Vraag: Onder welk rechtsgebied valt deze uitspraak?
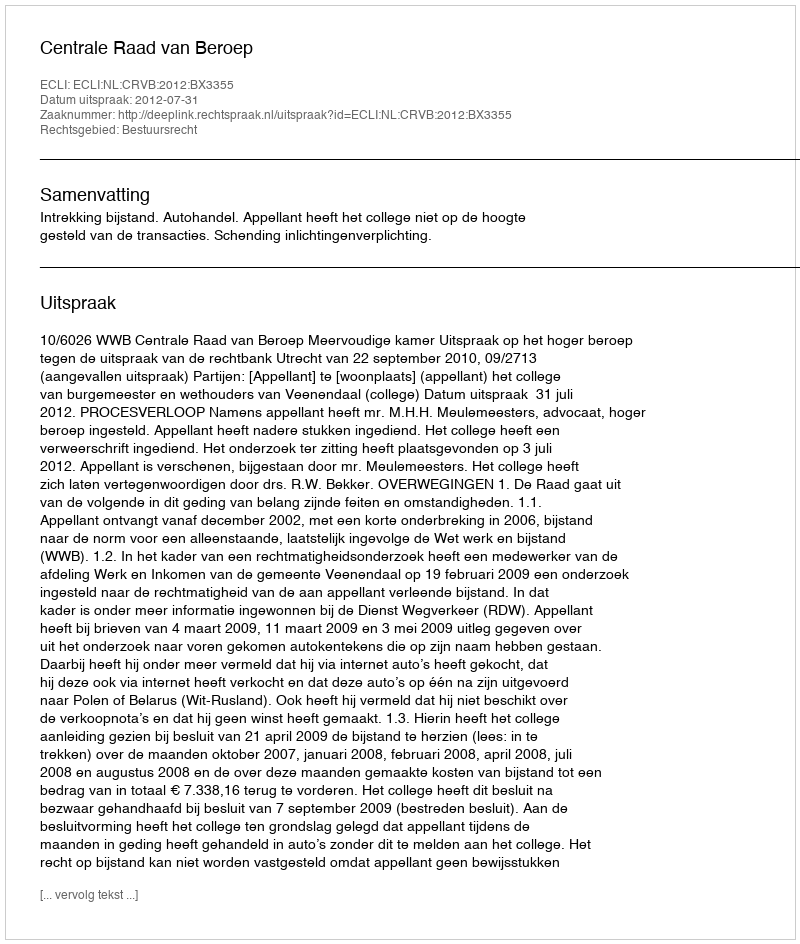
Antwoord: Bestuursrecht